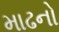
માઢનો